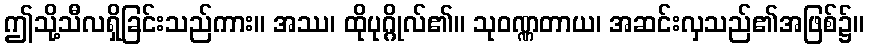
ဤသို့သီလရှိခြင်းသည်ကား။ အဿ၊ ထိုပုဂ္ဂိုလ်၏။ သုဝဏ္ဏတာယ၊ အဆင်းလှသည်၏အဖြစ်၌။